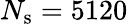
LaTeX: N_{\mathrm{s}}=5120